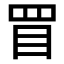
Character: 𥄲